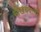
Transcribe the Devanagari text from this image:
भीखचंदानी